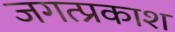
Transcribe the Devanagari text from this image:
जगत्प्रकाश